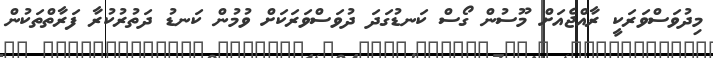
މިދުވަސްވަރަކީ ރާއްޖެއަށް މޫސުން ގޯސް ކަނޑުގަދަ ދުވަސްވަރަކަށް ވުމުން ކަނޑު ދަތުރުކުރާ ފަރާތްތަކުން